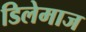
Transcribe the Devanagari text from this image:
डिलेमाज